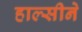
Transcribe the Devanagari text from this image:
हाल्सीने